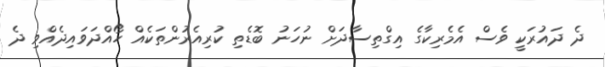
ދެ ދައުރަކީ ވެސް އެމެރިކާގެ އިގްތިސާދަށް ނުހަނު ބޮޑެތި ކުރިއެރުންތަކެއް ހޯއްދަވައިދެއްވި ދެ